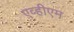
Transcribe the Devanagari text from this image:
एव्हीएम